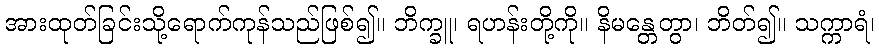
အားထုတ်ခြင်းသို့ရောက်ကုန်သည်ဖြစ်၍။ ဘိက္ခူ၊ ရဟန်းတို့ကို။ နိမန္တေတွာ၊ ဘိတ်၍။ သက္ကာရံ၊